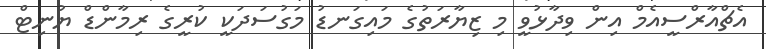
އެޗްއާރްސީއެމް އިން ވިދާޅުވީ މި ޒިޔާރަތުގެ މައިގަނޑު މަގުސަދަކީ ކުރީގެ ރިމާންޑް ޔުނިޓް